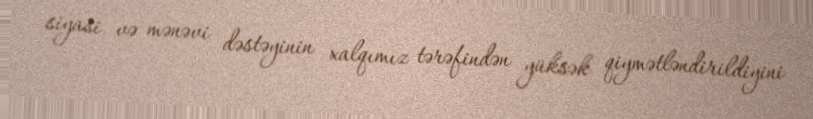
siyasi və mənəvi dəstəyinin xalqımız tərəfindən yüksək qiymətləndirildiyini